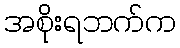
အစိုးရဘက်က